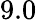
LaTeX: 9.0